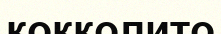
кокколито